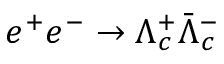
e ^ { + } e ^ { - } \to \Lambda _ { c } ^ { + } \bar { \Lambda } _ { c } ^ { - }